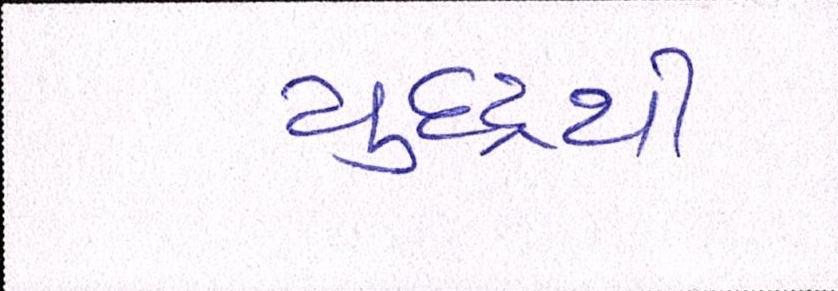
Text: યુદ્ધથી